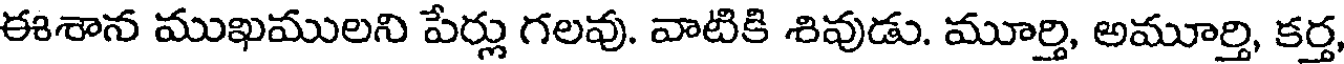
ఈశాన ముఖములని పేర్లు గలవు. వాటికి శివుడు. మూర్తి, అమూర్తి, కర్త